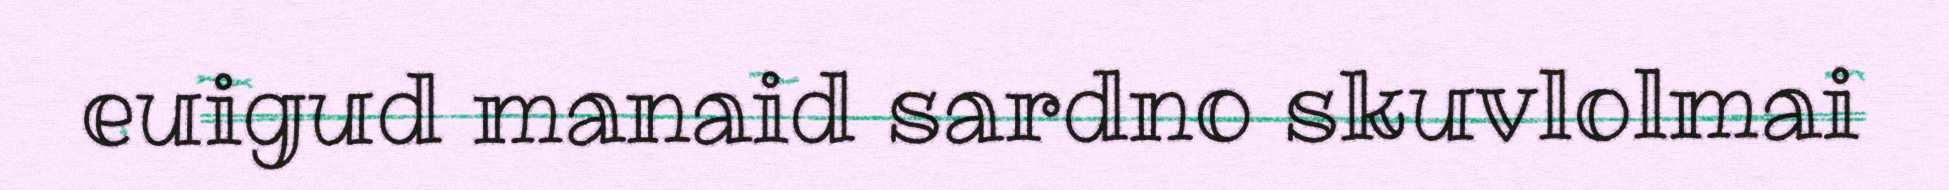
euigud manaid sardno skuvlolmai